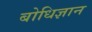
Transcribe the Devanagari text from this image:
बोधिज्ञान